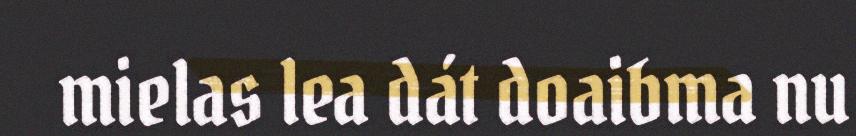
mielas lea dát doaibma nu